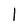
Character: 1